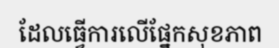
ដែលធ្វើការលើផ្នែកសុខភាព